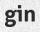
gin